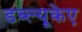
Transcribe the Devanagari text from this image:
डब्ल्यूकेए